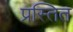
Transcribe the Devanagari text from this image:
प्रस्तित